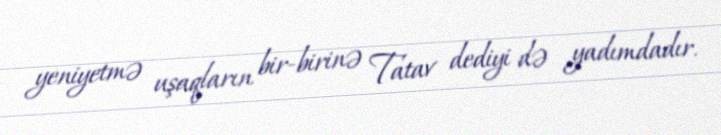
yeniyetmə uşaqların bir-birinə Tatav dediyi də yadımdadır.